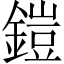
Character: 鎧